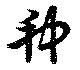
种